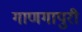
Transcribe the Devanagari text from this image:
गाणगापुरी